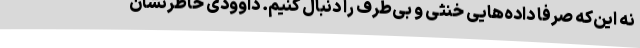
نه این‌که صرفا داده‌هایی خنثی و بی‌طرف را دنبال کنیم. داوودی خاطرنشان